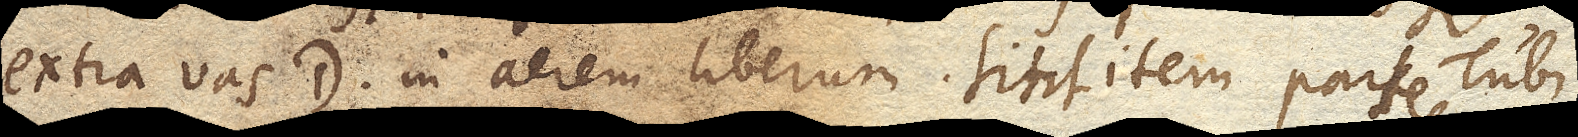
extra vas D. in aerem liberum. Sint item partes Tubi